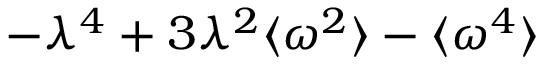
- \lambda ^ { 4 } + 3 \lambda ^ { 2 } \langle \omega ^ { 2 } \rangle - \langle \omega ^ { 4 } \rangle